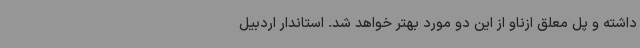
داشته و پل معلق ازناو از این دو مورد بهتر خواهد شد. استاندار اردبیل